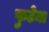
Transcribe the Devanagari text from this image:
फुटेना